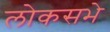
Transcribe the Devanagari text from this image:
लोकसभे